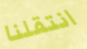
انتقلنا